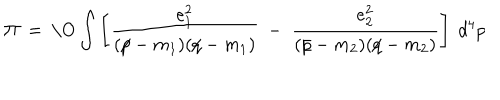
\Pi ~ = ~ \mathrm { \ O } \int \left[ { \frac { e _ { 1 } ^ { 2 } } { ( p \! \! \! / - m _ { 1 } ) ( q \! \! \! / - m _ { 1 } ) } } ~ - ~ { \frac { e _ { 2 } ^ { 2 } } { ( p \! \! \! / - m _ { 2 } ) ( q \! \! \! / - m _ { 2 } ) } } \right] ~ d ^ { 4 } p